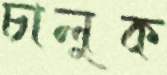
চালুক